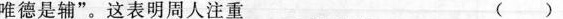
唯德是辅”。这表明周人注重 ()